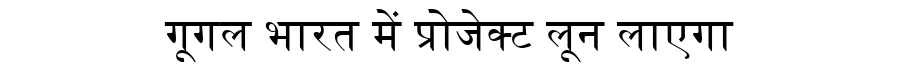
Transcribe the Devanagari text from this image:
गूगल भारत में प्रोजेक्ट लून लाएगा